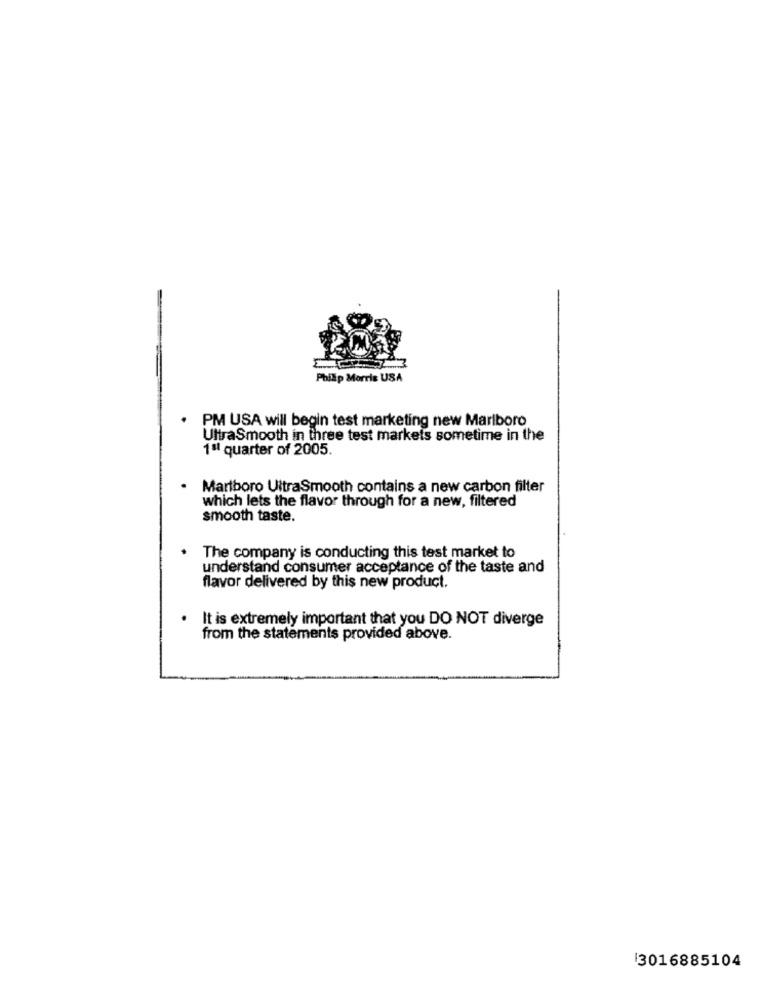
Phillip Morris USA
PM USA will begin test marketing new Marlboro
UltraSmooth in three test markets sometime in the
1ºl quarter of 2005.
Marlboro UitraSmooth contains a new carbon filter
which lets the flavor through for a new, filtered
smooth taste.
The company is conducting this test market to
understand consumer acceptance of the taste and
flavor delivered by this new product.
It is extremely important that you DO NOT diverge
from the statements provided above.
3016885104